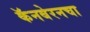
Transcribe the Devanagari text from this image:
कॅनबेरनचा